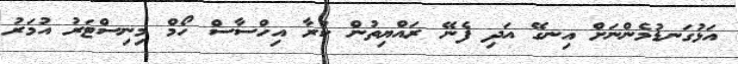
އަޅުގަނޑުމެންނަށް އިނގޭ އަދި ފެނޭ ރައްޔިތުން ކުރާ އިހްސާސް ހޯމް މިނިސްޓަރު އުމަރު